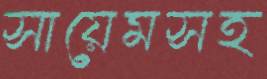
সায়েমসহ